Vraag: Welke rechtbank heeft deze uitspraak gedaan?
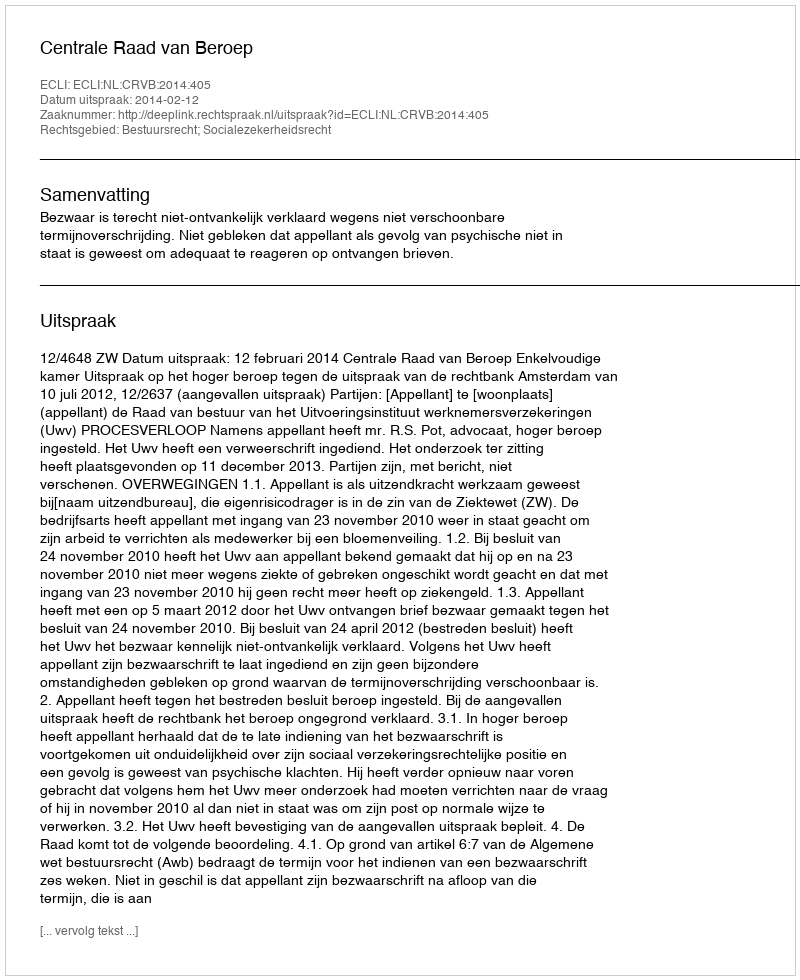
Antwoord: Centrale Raad van Beroep